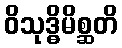
ဝိသုဒ္ဓိမိစ္ဆတိ